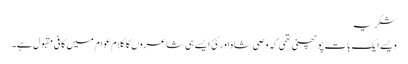
شکریہ
ویسے ایک بات پو چھنی تھی کہ وصی شاہ اور کئ ایسے ہی شاعروں کا کلام عوام میں کافی مقبول ہے۔